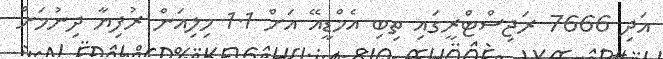
އަދި 7666 ރަޖިސްޓްރީގައި ތިބި އެމްޑީއޭ އަށް 1.1 މިލިއަން ރުފިޔާ ދިނުމަށް